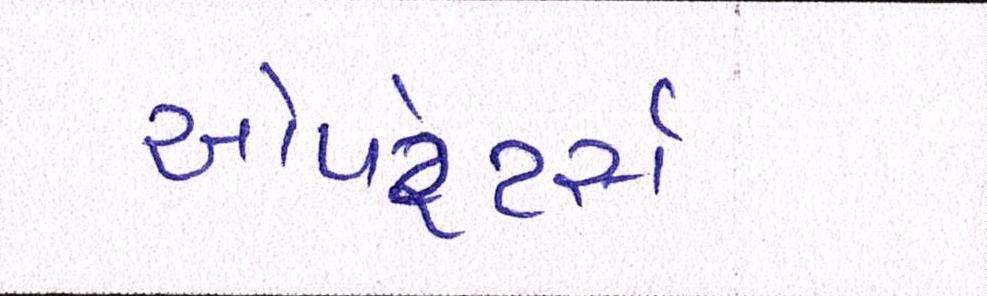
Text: ઓપરેટર્સ